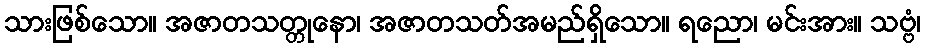
သားဖြစ်သော။ အဇာတသတ္တုနော၊ အဇာတသတ်အမည်ရှိသော။ ရညော၊ မင်းအား။ သဗ္ဗံ၊